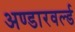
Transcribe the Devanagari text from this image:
अण्डारवर्ल्ड